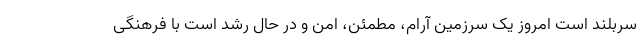
سربلند است امروز یک سرزمین آرام، مطمئن، امن و در حال رشد است با فرهنگی